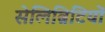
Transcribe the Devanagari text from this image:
सेलिब्रिटियों